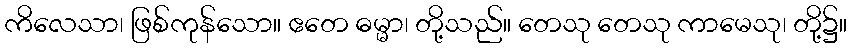
ကိလေသာ၊ ဖြစ်ကုန်သော။ ဧတေ ဓမ္မာ၊ တို့သည်။ တေသု တေသု ကာမေသု၊ တို့၌။